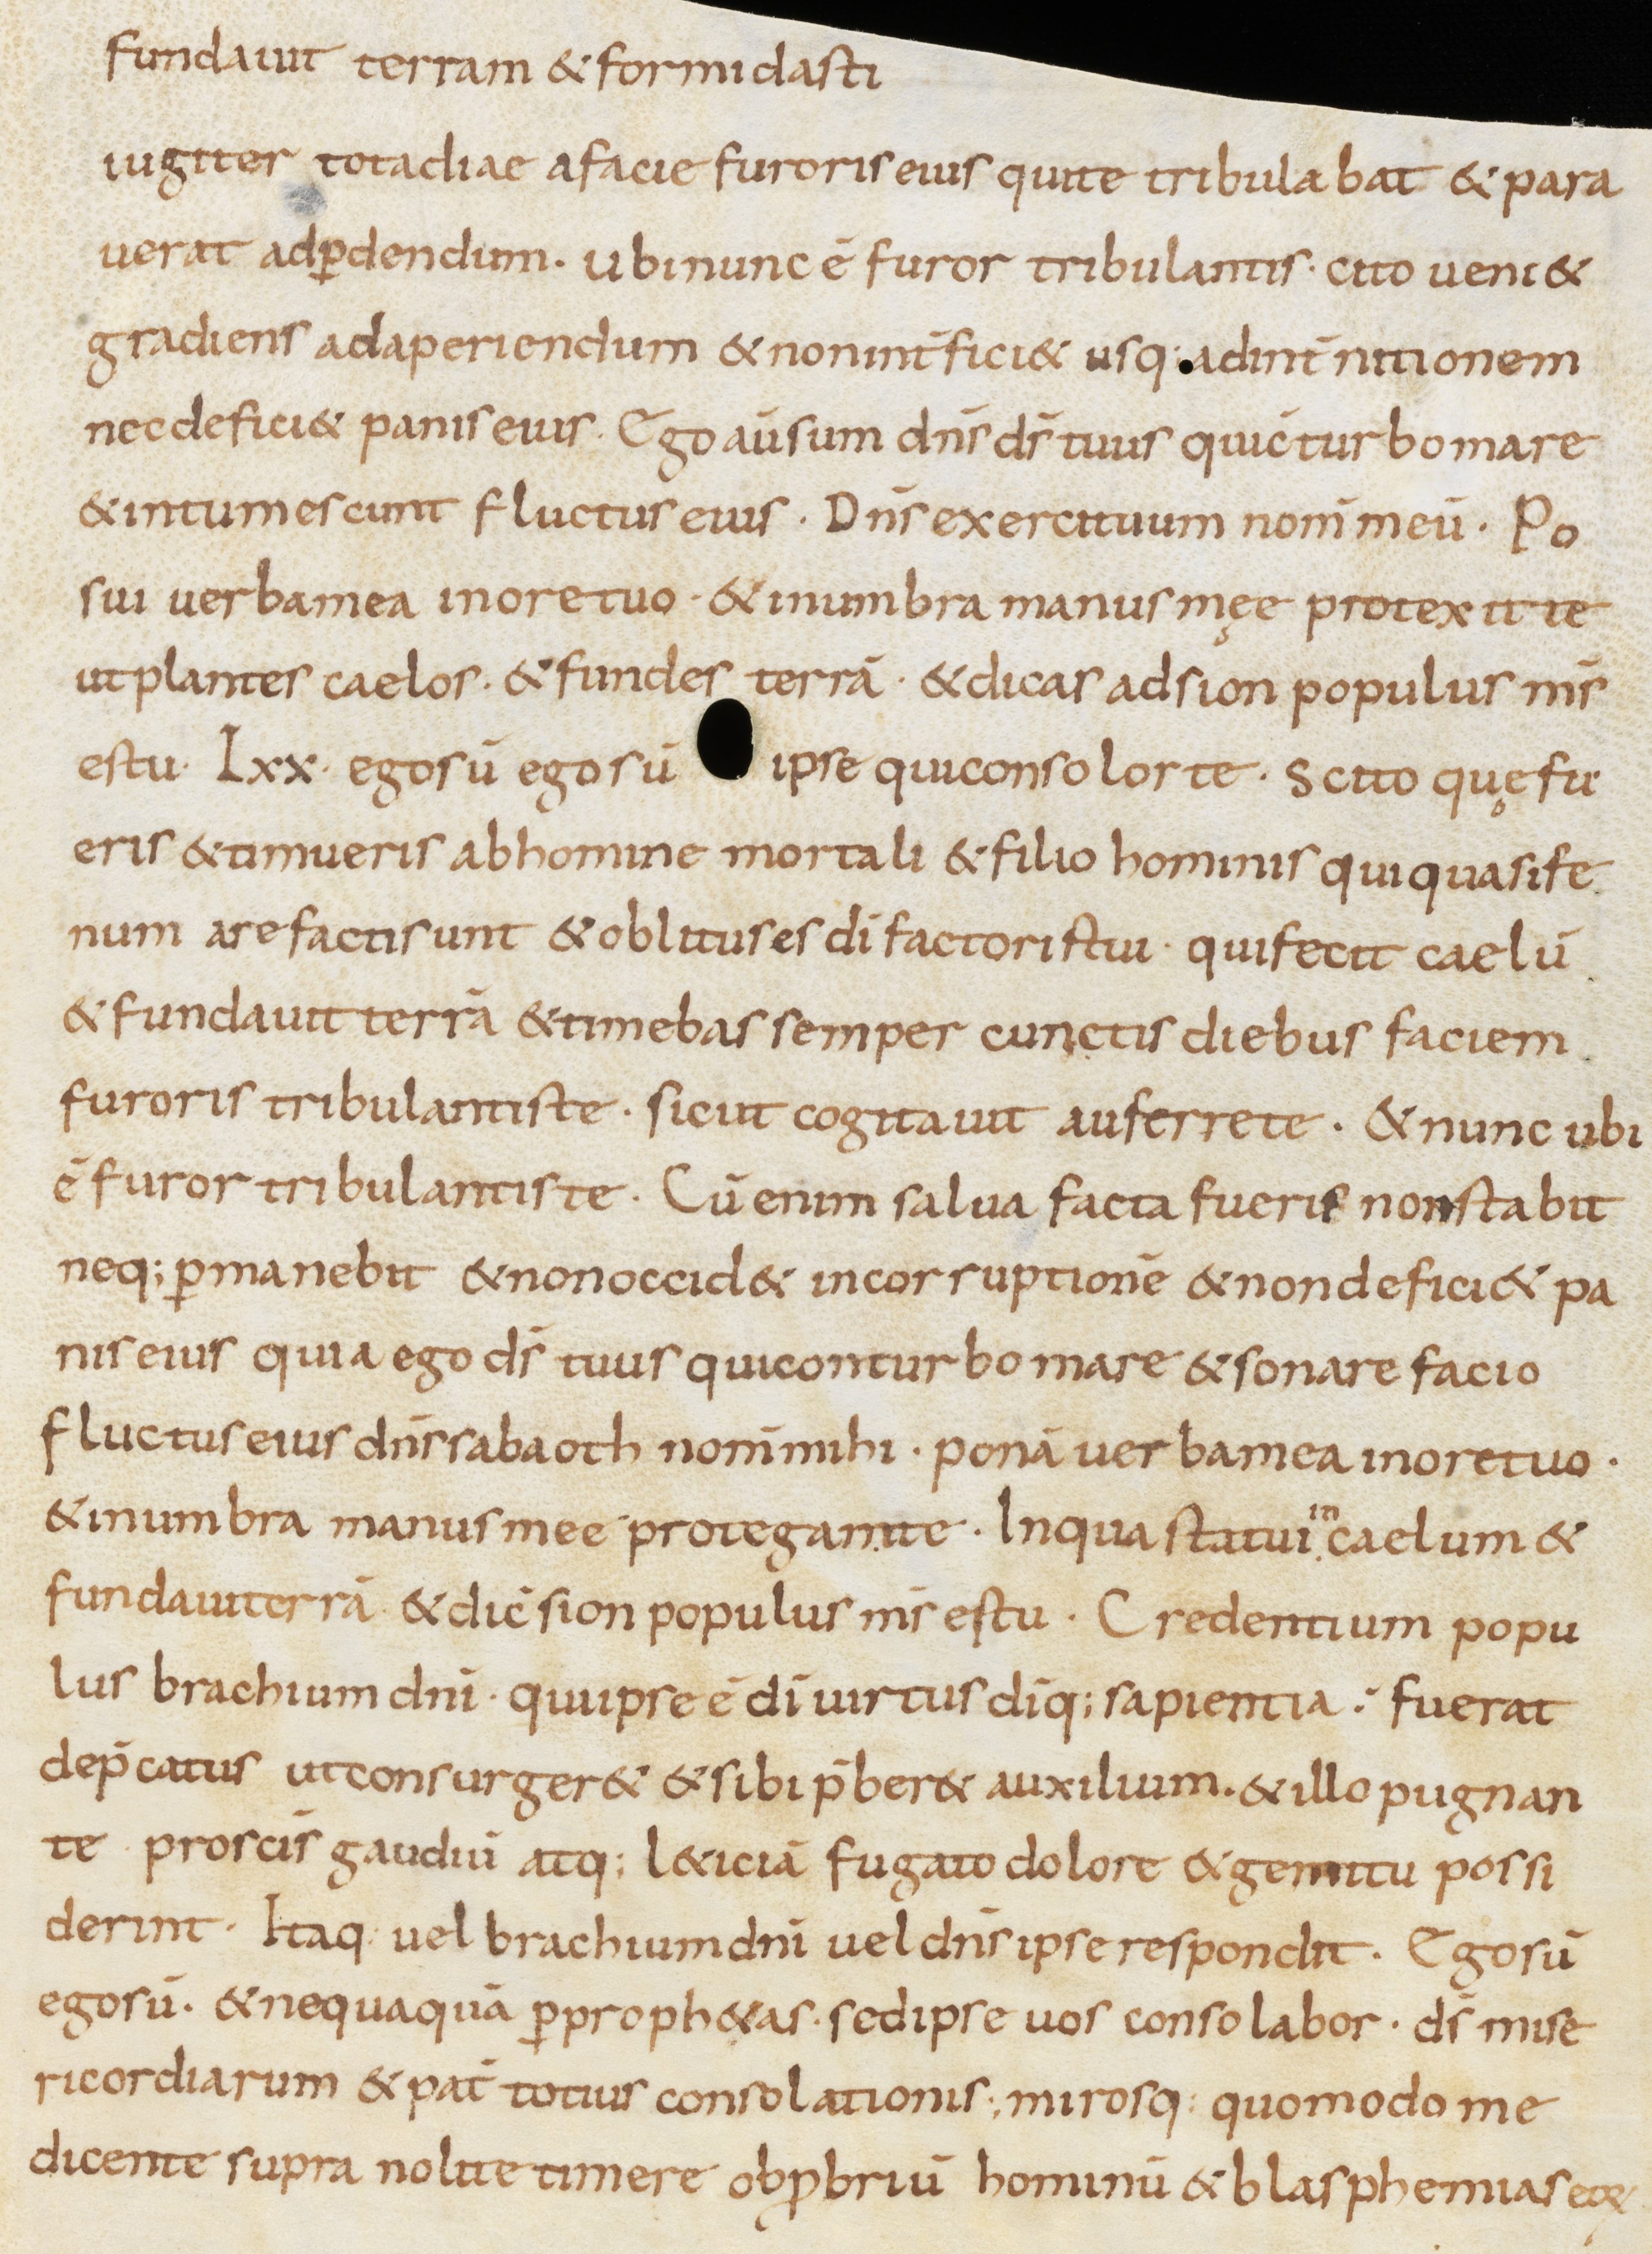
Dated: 800–899